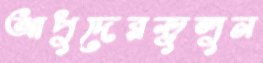
আপুদেরভুলুন